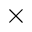
\times